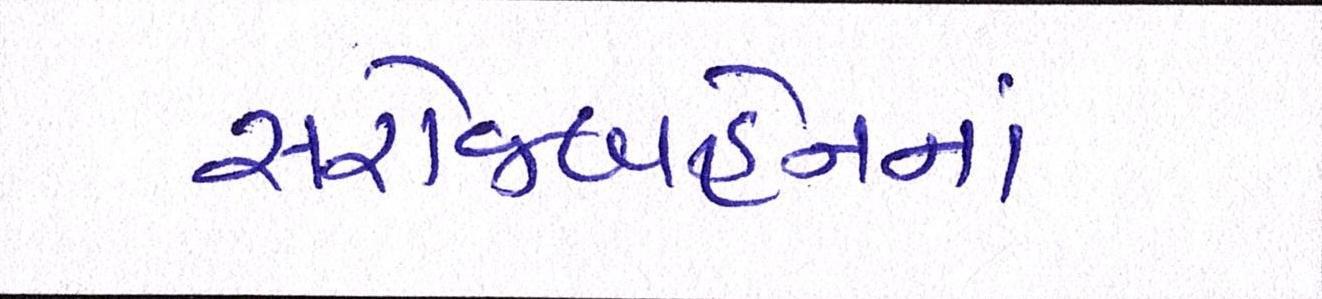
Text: સરોજબહેનનાં